38_143685_box_Incident_Summaries_101-172
Agency: Department of War
Page 20
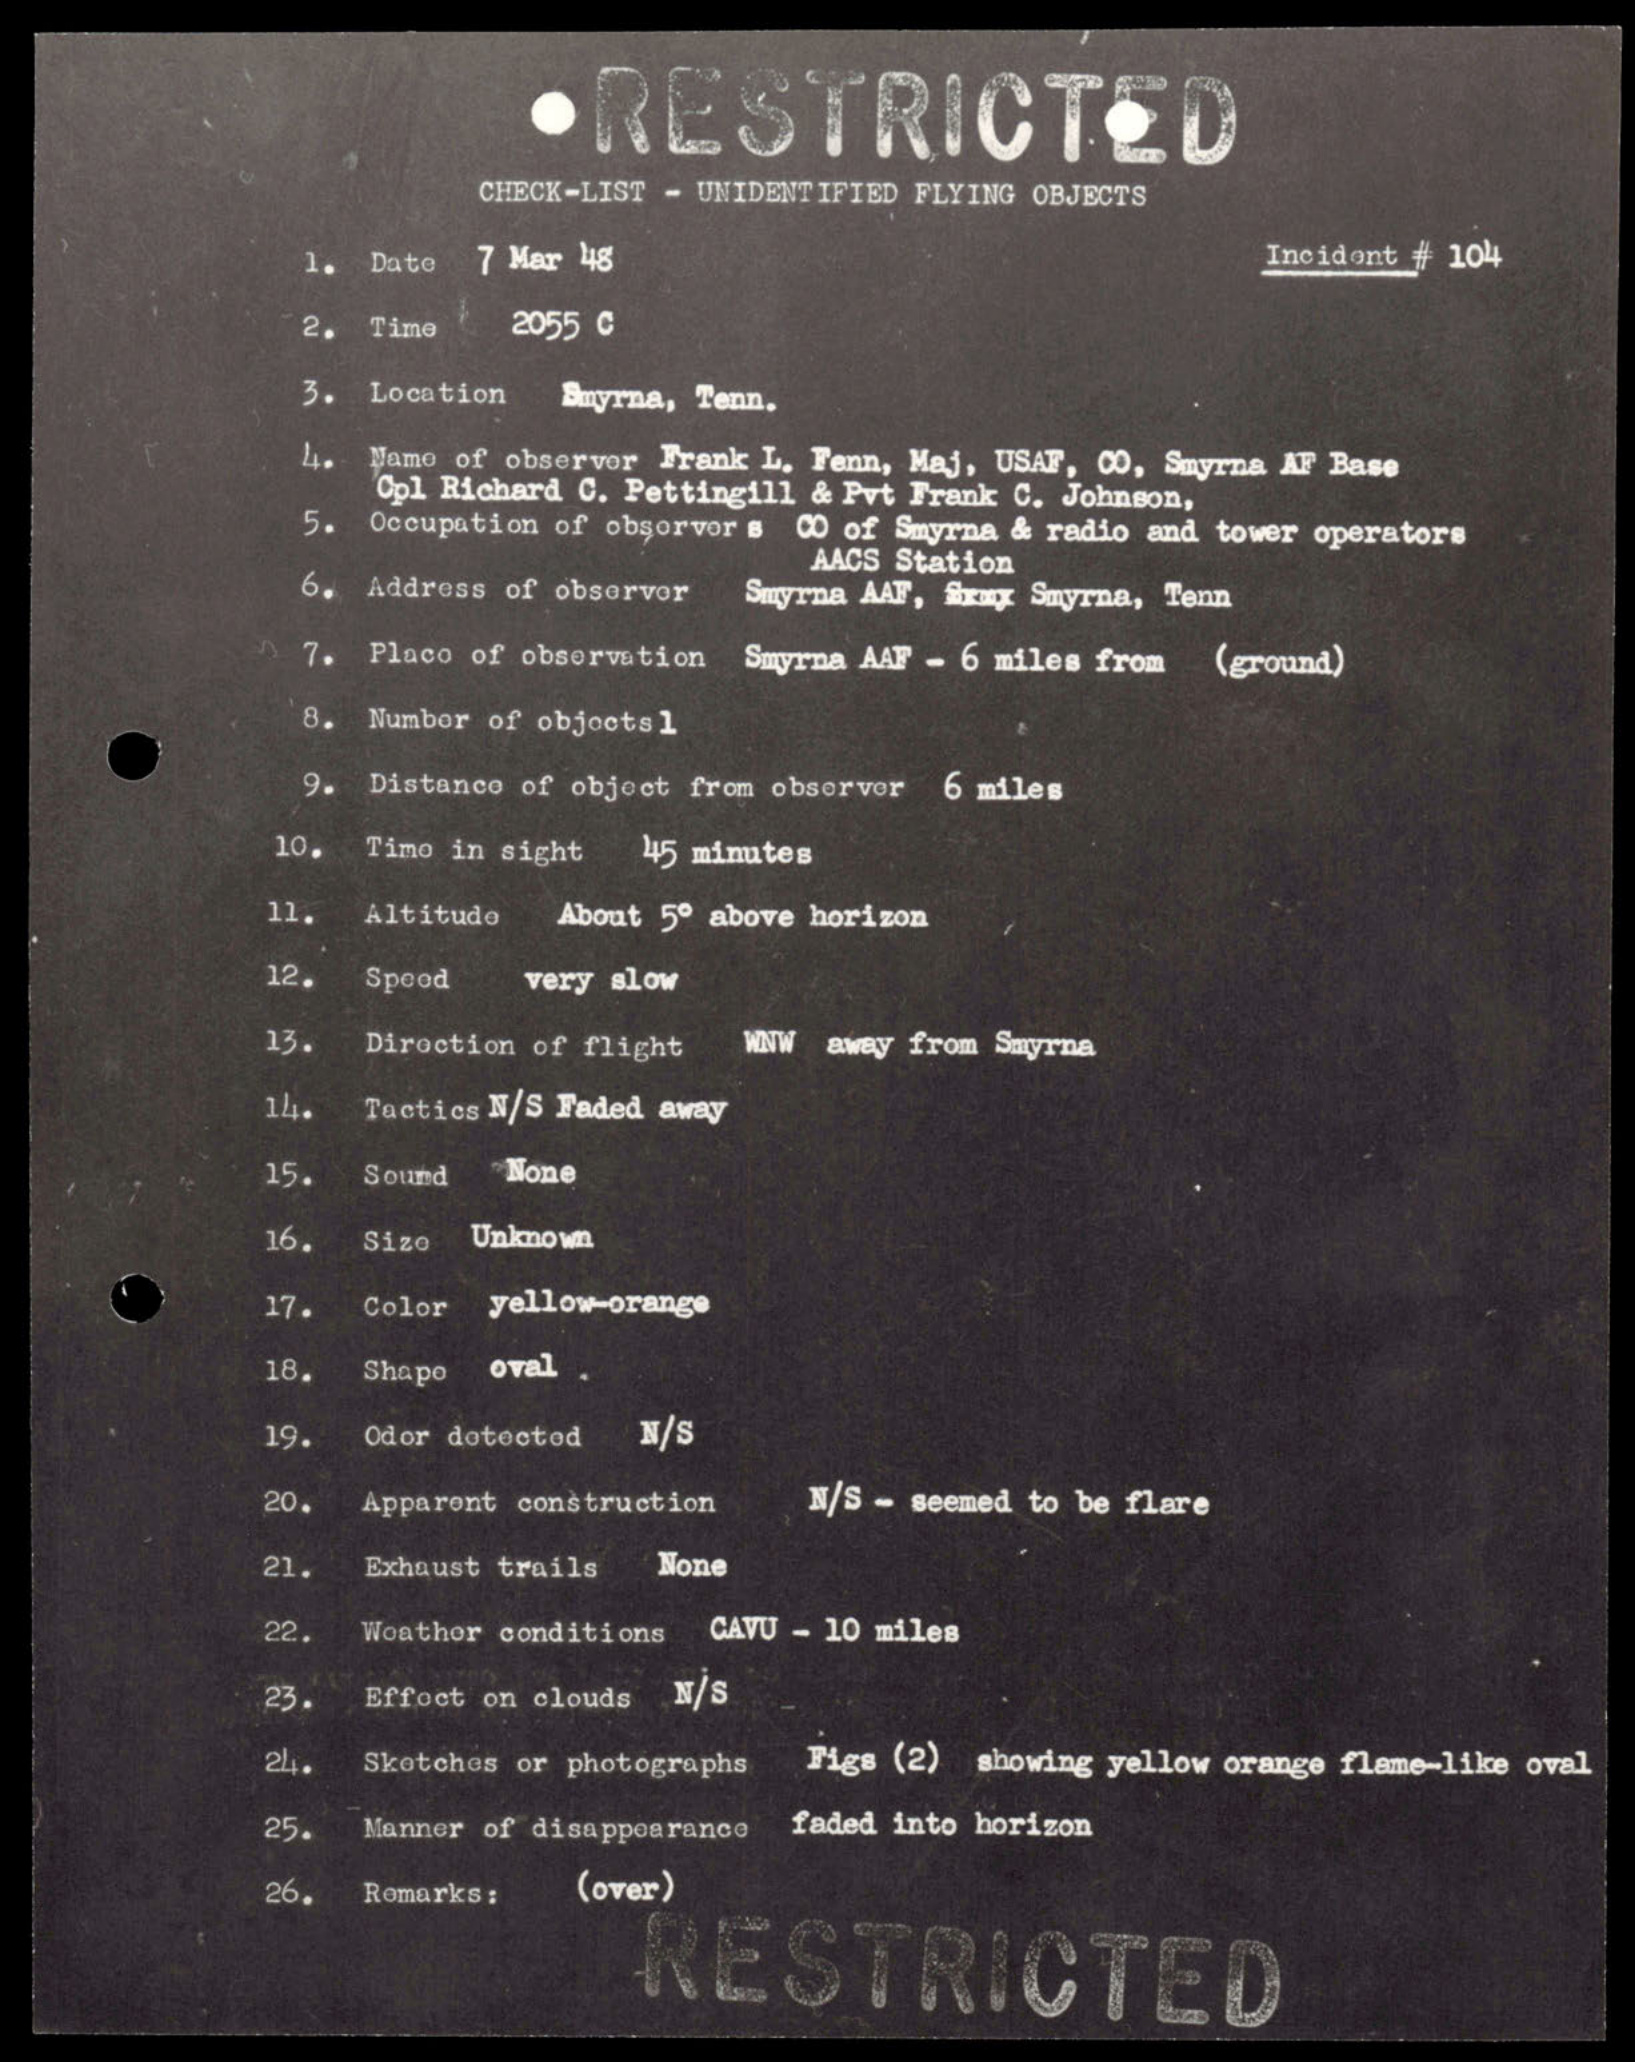